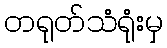
တရုတ်သံရုံးမှ